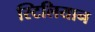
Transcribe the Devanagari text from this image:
स्टिलियान